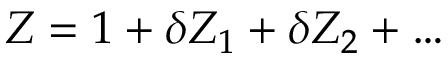
Z = 1 + \delta Z _ { 1 } + \delta Z _ { 2 } + \ldots